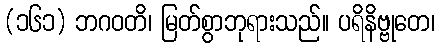
(၁၆၁) ဘဂဝတိ၊ မြတ်စွာဘုရားသည်။ ပရိနိဗ္ဗုတေ၊